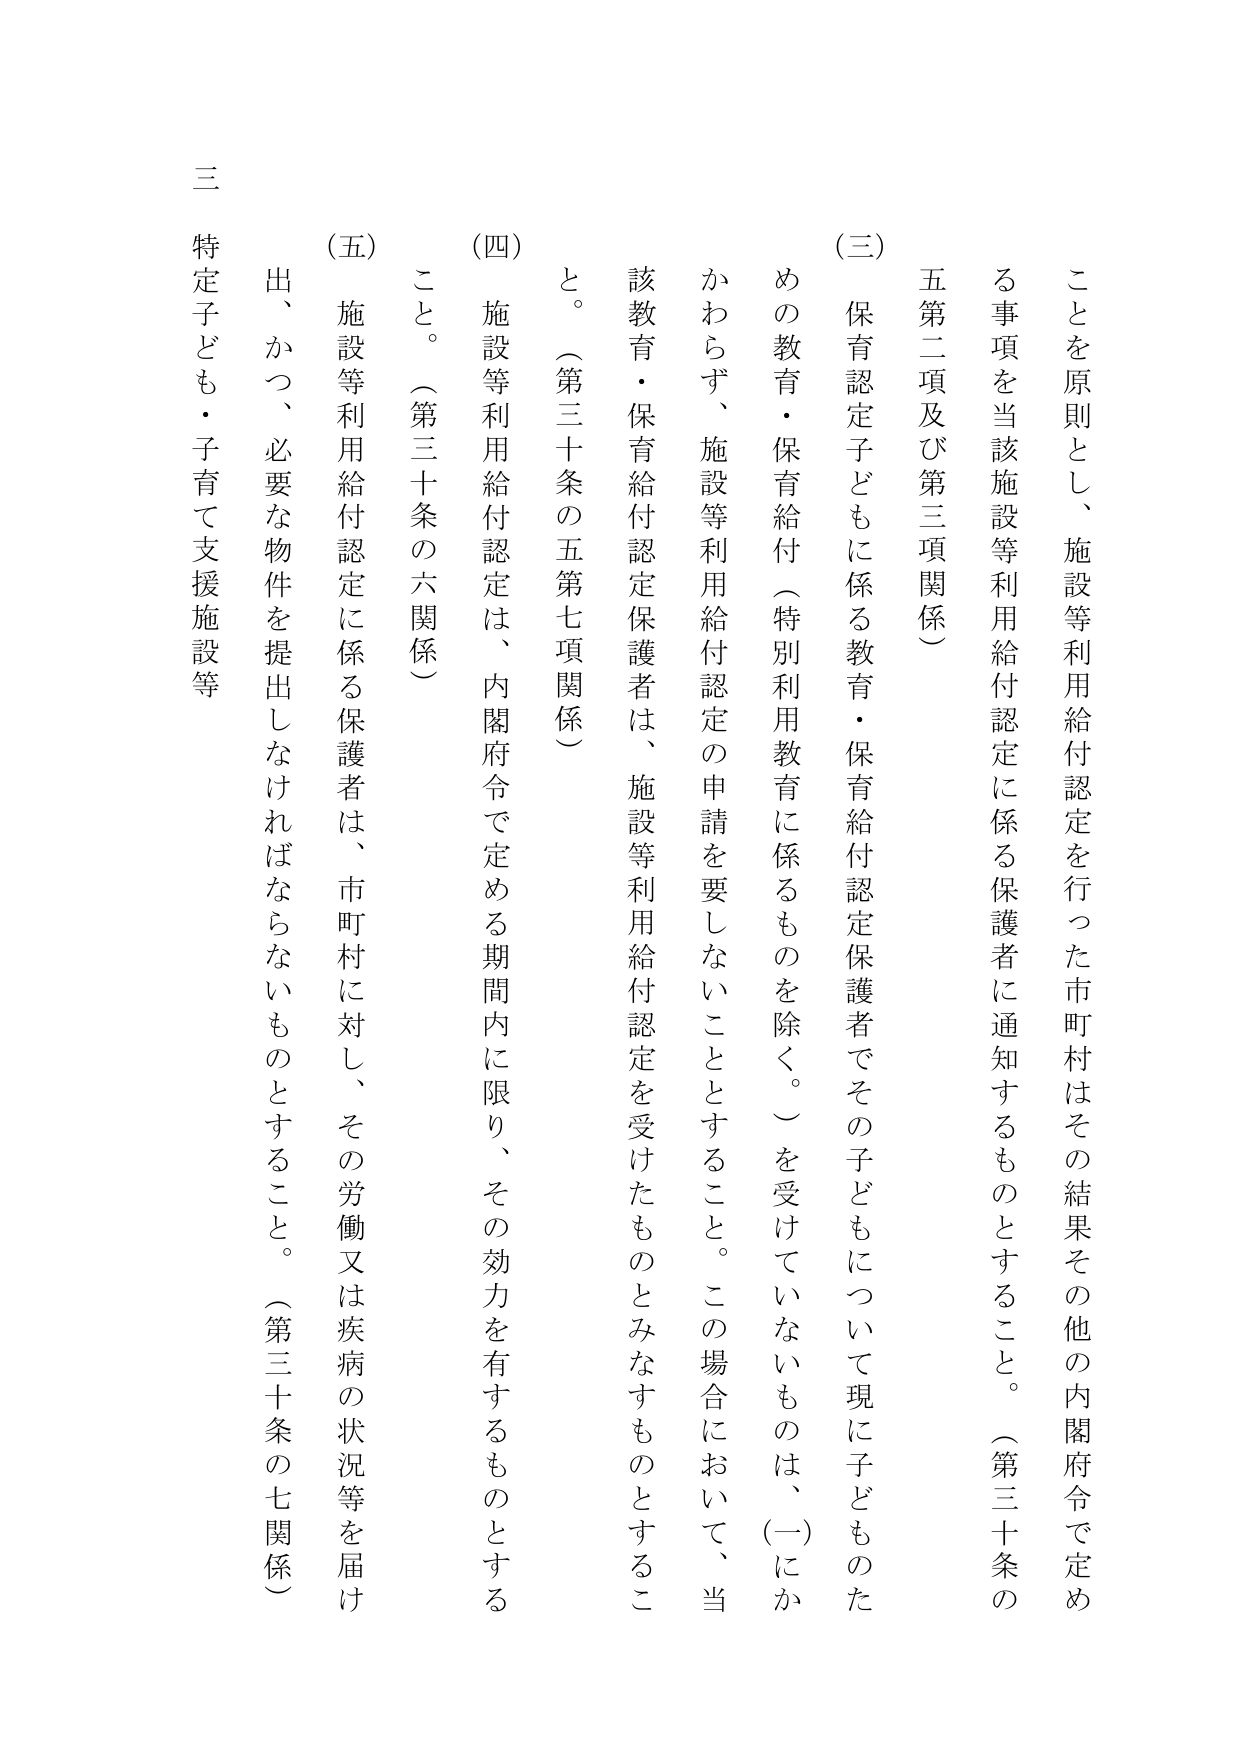
ことを原則とし、施設等利用給付認定を行った市町村はその結果その他 の内閣府令で定める事項を当該施設等利用給付認定に係る保護者に通知するものとするこ と。（第三十条の五第二項及び第三項関係）

（三） 保育認定子どもに係る教育・保育給付認定保護者でその子どもについて現に子どものための教育・保育給付（特別利用教育に係るものを除く。）を受けていないものは、（一）にかかわらず、施設等利用給付認定の申請を要しないこととするこ と。この場合において、当該教育・保育給付認定保護者は、施設等利用給付認定を受けたものとみなすものとするこ と。（第三十条の五第七項関係）

（四） 施設等利用給付認定は、内閣府令で定める期間内に限り、その効力を有するものとする こと。（第三十条の六関係）

（五） 施設等利用給付認定に係る保護者は、市町村に対し、その労働又は疾病の状況等を届け出、かつ、必要な物件を提出しなければならないものとするこ と。（第三十条の七関係）

三 特定子ども・子育て支援施設等